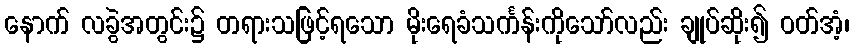
နောက် လခွဲအတွင်း၌ တရားသဖြင့်ရသော မိုးရေခံသင်္ကန်းကိုသော်လည်း ချုပ်ဆိုး၍ ဝတ်အံ့၊